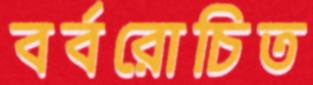
বর্বরোচিত